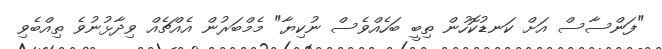
"ފަންސާސް އަށް ކަނޑުކޮހުން ތިބީ ބަހެއްވެސް ނުކިޔާ" މެމްބަރުން އެއްޗެއް ވިދާޅުނުވެ ތިއްބެވި